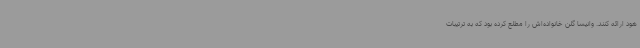
هود ارائه کنند. وانیسا گلن خانواده‌اش را مطلع کرده بود که به ترتیبات